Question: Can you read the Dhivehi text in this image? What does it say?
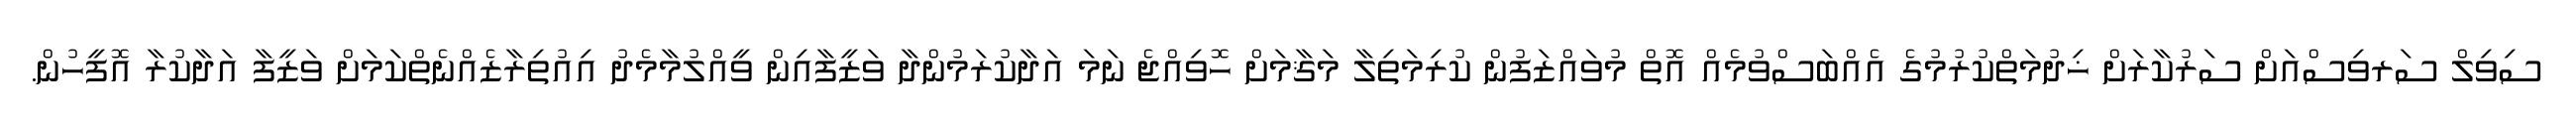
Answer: ސިވިލް ސަރވިސްއަށް ސަރުކާރަށް ޚިދުމަތްކުރުމުގެ އެއްބަސްވުމެއް އޮތް މުވައްޒަފުން ކުރިމަތިލާ މަޤާމަށް ހޮވިއްޖެ ނަމަ އަދާކުރަމުންދާ ވަޒީފާއިން ވީއްލުމާމެދު އިއުތިރާޒެއްނެތްކަމަށް ވަޒީފާ އަދާކުރާ އޮފީހުން.